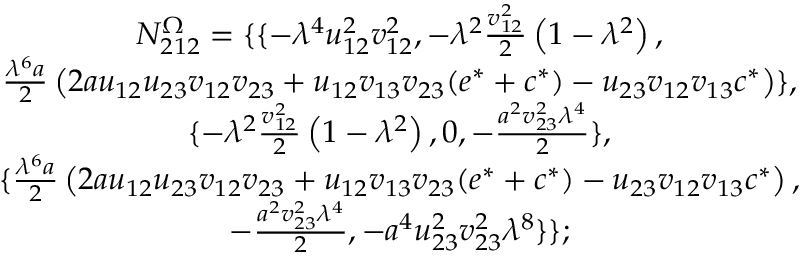
\begin{array} { c } { { N _ { 2 1 2 } ^ { \Omega } = \{ \{ - \lambda ^ { 4 } u _ { 1 2 } ^ { 2 } v _ { 1 2 } ^ { 2 } , - \lambda ^ { 2 } \frac { v _ { 1 2 } ^ { 2 } } 2 \left( 1 - \lambda ^ { 2 } \right) , } } \\ { { \frac { \lambda ^ { 6 } a } { 2 } \left( 2 a u _ { 1 2 } u _ { 2 3 } v _ { 1 2 } v _ { 2 3 } + u _ { 1 2 } v _ { 1 3 } v _ { 2 3 } ( e ^ { * } + c ^ { * } ) - u _ { 2 3 } v _ { 1 2 } v _ { 1 3 } c ^ { * } \right) \} , } } \\ { { \{ - \lambda ^ { 2 } \frac { v _ { 1 2 } ^ { 2 } } 2 \left( 1 - \lambda ^ { 2 } \right) , 0 , - \frac { a ^ { 2 } v _ { 2 3 } ^ { 2 } \lambda ^ { 4 } } 2 \} , } } \\ { { \{ \frac { \lambda ^ { 6 } a } { 2 } \left( 2 a u _ { 1 2 } u _ { 2 3 } v _ { 1 2 } v _ { 2 3 } + u _ { 1 2 } v _ { 1 3 } v _ { 2 3 } ( e ^ { * } + c ^ { * } ) - u _ { 2 3 } v _ { 1 2 } v _ { 1 3 } c ^ { * } \right) , } } \\ { { - \frac { a ^ { 2 } v _ { 2 3 } ^ { 2 } \lambda ^ { 4 } } 2 , - a ^ { 4 } u _ { 2 3 } ^ { 2 } v _ { 2 3 } ^ { 2 } \lambda ^ { 8 } \} \} ; } } \end{array}